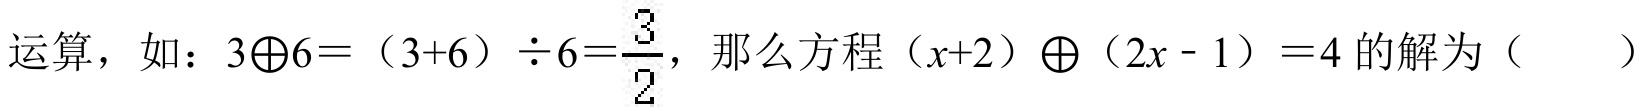
运算，如：\(3\oplus6 = (3 + 6)\div6=\frac{3}{2}\)，那么方程\((x + 2)\oplus(2x - 1)=4\)的解为（  ）